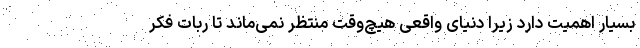
بسیار اهمیت دارد زیرا دنیای واقعی هیچ‌وقت منتظر نمی‌ماند تا ربات فکر